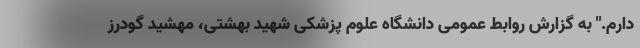
دارم." به گزارش روابط عمومی دانشگاه علوم پزشکی شهید بهشتی، مهشید گودرز